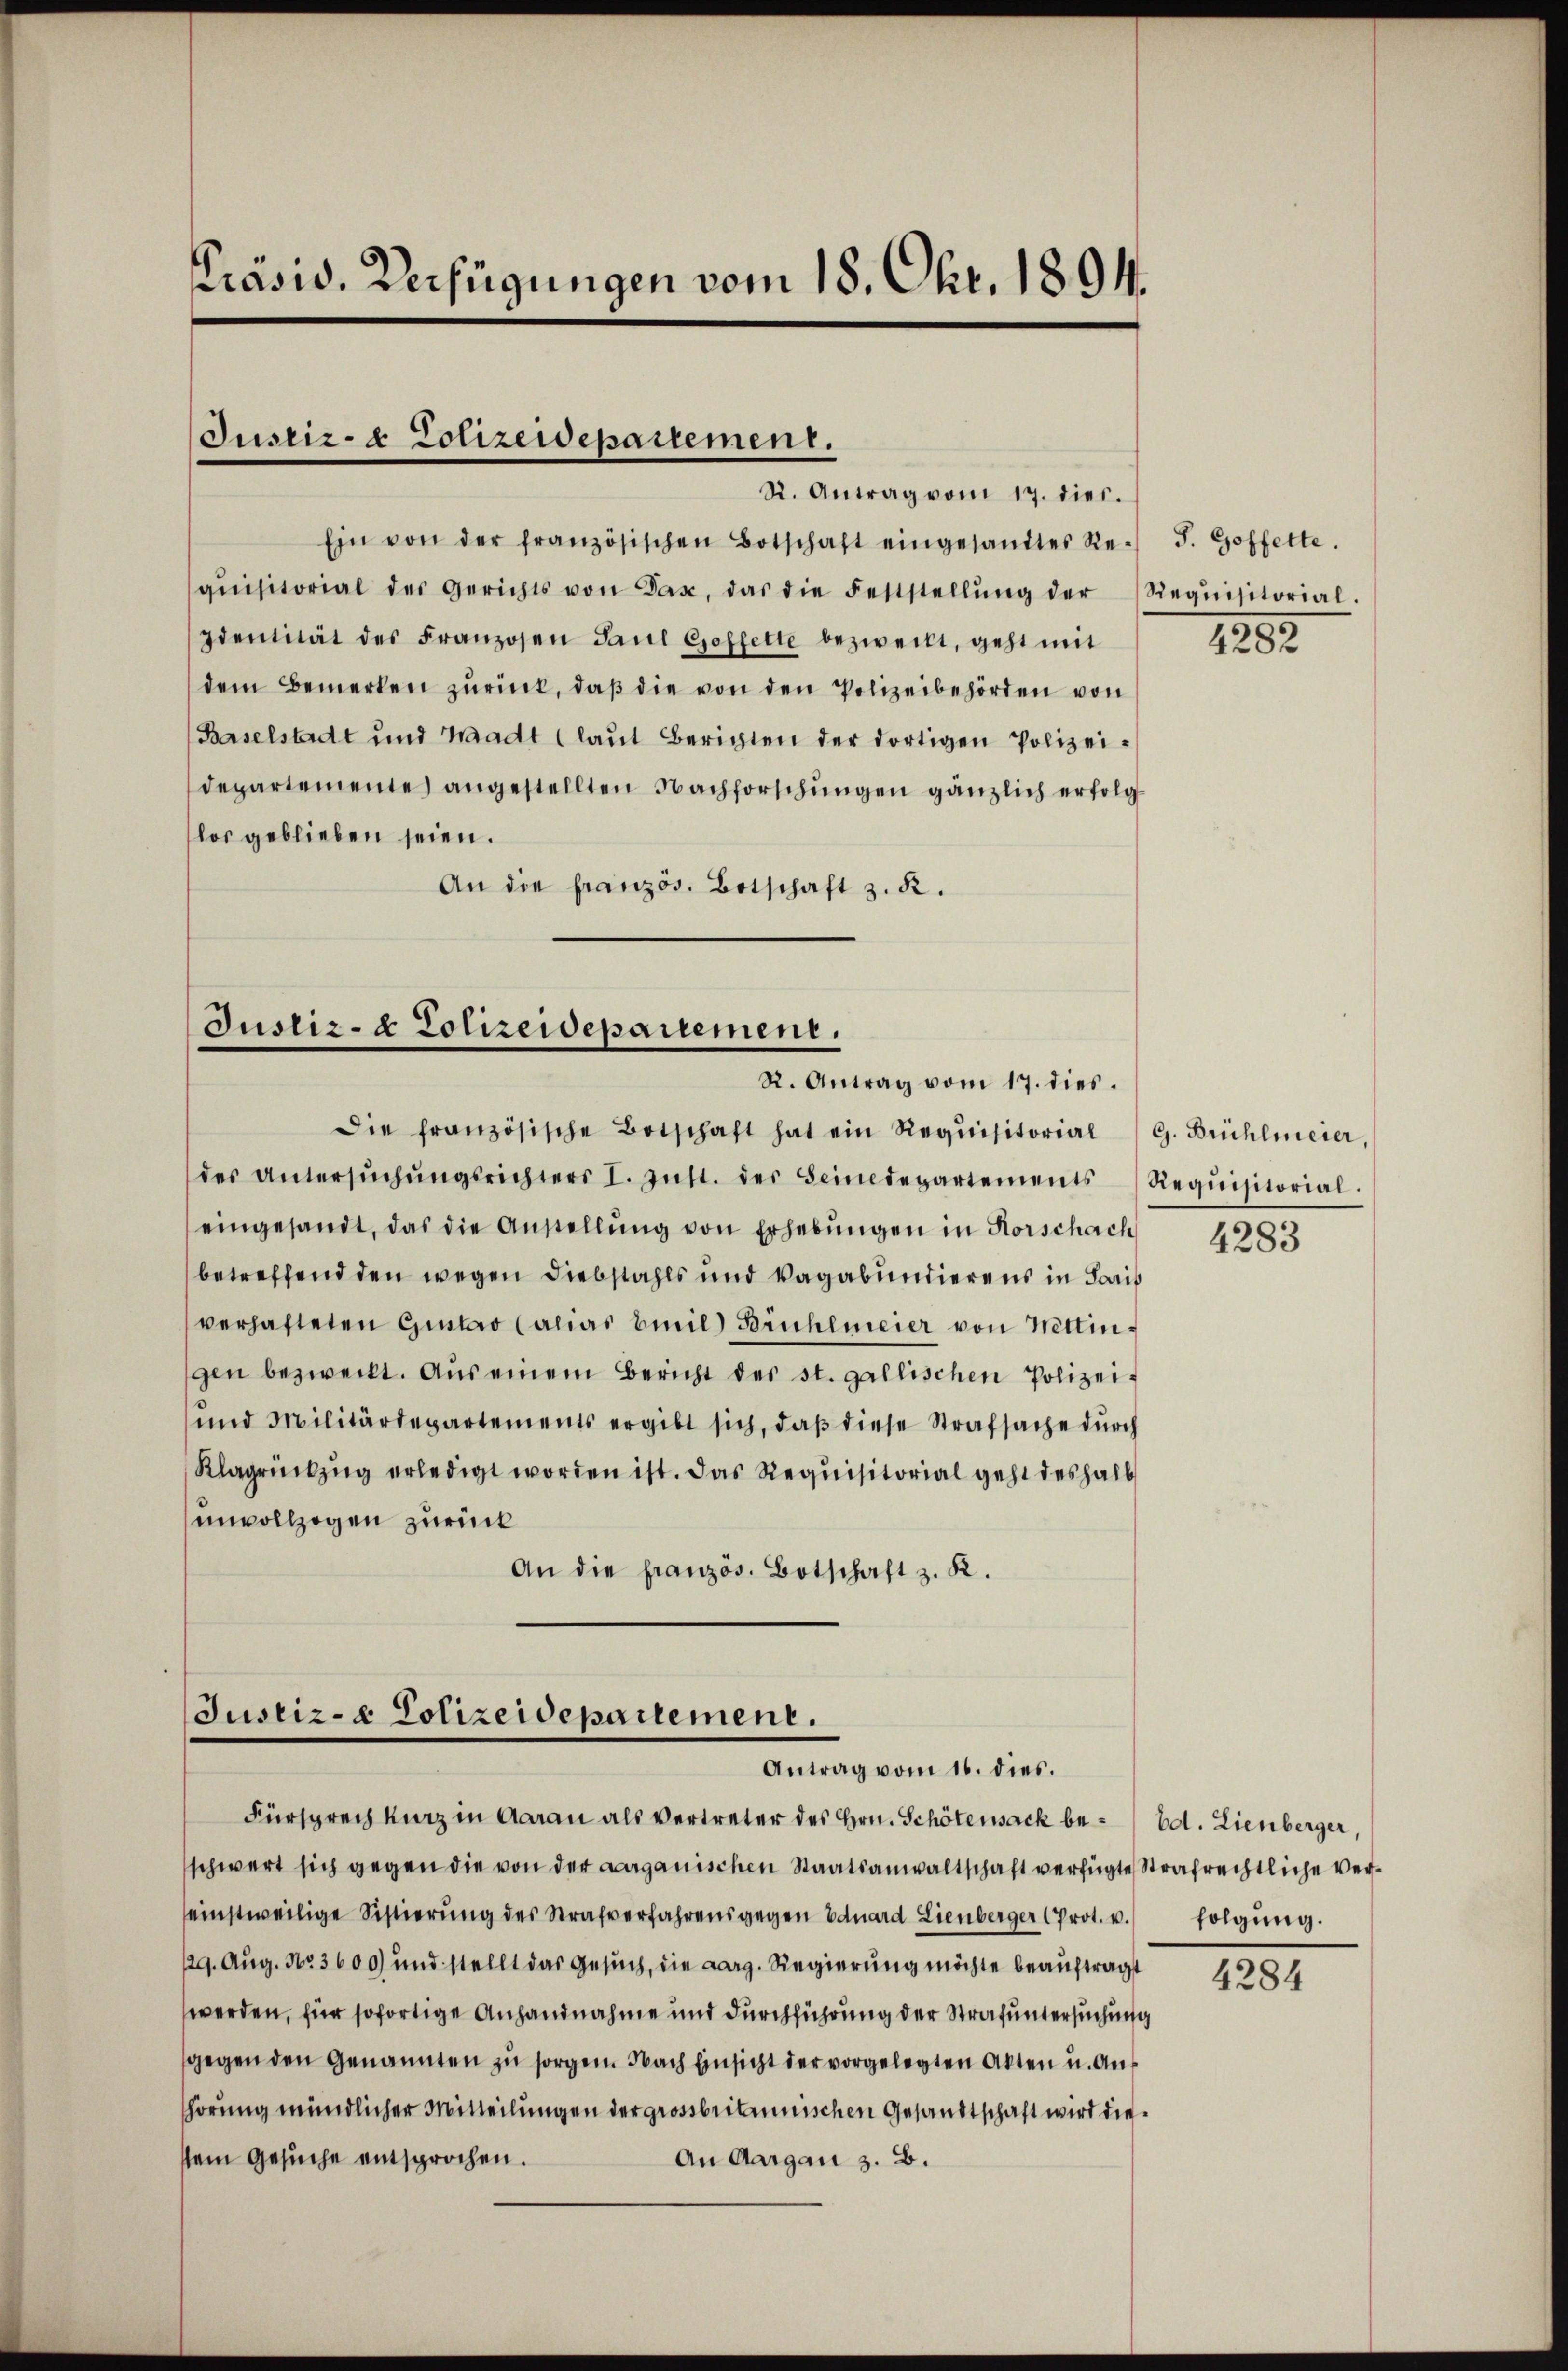
Präsid. Verfügungen vom 18. Okt. 1894.

Justiz- & Polizeidepartement.

Ein von der französischen Botschaft eingesandtes Re- J. Hoffette.
qŭisitorial des Gerichts von Base, das die Feststellŭng der Requisitorial-
Identität des Franzosen Paul Greffette bezweckt, geht mit
dem Bemerken zŭrück, daβ die von den Polizeibehörden von
Baselstadt und Waadt (laut Berichten der dortigen Polizeidepartemente angestellten Nachforschungen gänzlich erfolg
los geblieben seien.
An die französ. Botschaft z. R.

Die französische Botschaft hat ein Requisitorial ) G. Brühlmeier,
des Untersŭchŭngsrichters I. Zŭst. der Seinedepartements Requisitorial.

St. Antrag vom 17. dies.

Justiz- & Polizeidepartement.
R. Antrag vom 17. dies

eingesandt, das die Anstellŭng von Erhebŭngen in Rorschach
betreffend den wegen Diebstahls und Vagabundierens in Paris
verhafteten Guntar (alias Emil Bruhlmeier von Nettingen bezweckt. Aus einem Bericht der st. gallischen Polizei-
und Militärdepartements ergibt sich, daß diese Strafsache durch
Klagrückzug erledigt worden ist. Das Requisitorial geht deshalb
unvollzogen zurück
An die französ. Botschaft z. K.

Justiz- & Polizeidepartement.
Antrag vom 16. dies.

Fürsprech kurz in Aarau als vertreter des Hrn. Schötensack be- Ed. Lienberger,

schwert sich gegen die von der aarganischen Staatsanwaltschaft verfügte Strafrechtliche Vereinstweilige Sistierung des Strafverfahrens gegen Eduard Lienberger (Prot. v.
129. Aug. No. 3600) und stellt das Gesuch, die aarg. Regierung möchte beauftragt
werden, für sofortige Anhandnahme und durchführung der Strafuntersuchung
gegen den Genannten zu sorgen. Nach Einsicht der vorgelegten Akten u. Auf
hörung mündlicher Mitteilungen der grossbritannischen Gesandtschaft wird die
sem Gesuche entsprochen.
An Aargau z. B.

1252

4283

folgung.

4284